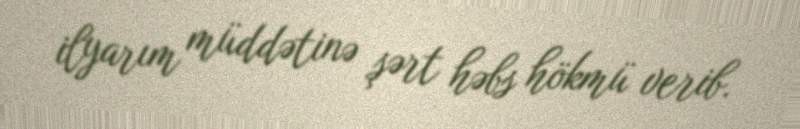
ilyarım müddətinə şərt həbs hökmü verib.